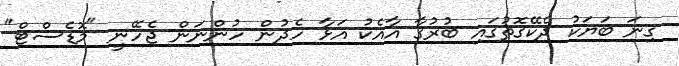
ގިނަ ބަޔަކު ދެކޭގޮތުގައި ބުރުގާ އާއެކު އަޅާ ހެދުން ހުންނަން ޖެހޭނީ "މޮޑެސްޓް"